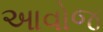
આવોજ